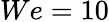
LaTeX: We=10